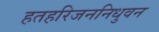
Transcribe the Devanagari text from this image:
हतहरिजननिधुवन